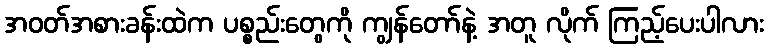
အဝတ်အစားခန်းထဲက ပစ္စည်းတွေကို ကျွန်တော်နဲ့ အတူ လိုက် ကြည့်ပေးပါလား